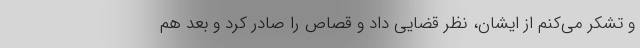
و تشکر می‌کنم از ایشان، نظر قضایی داد و قصاص را صادر کرد و بعد هم